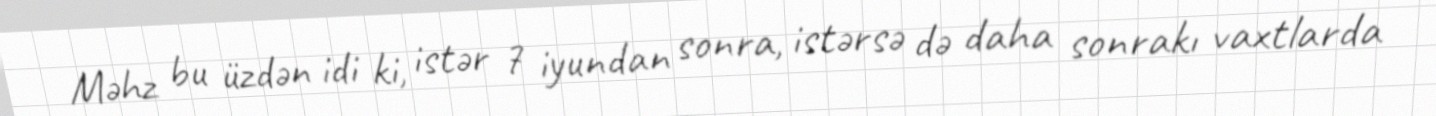
Məhz bu üzdən idi ki, istər 7 iyundan sonra, istərsə də daha sonrakı vaxtlarda